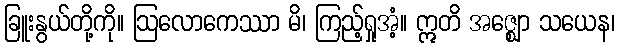
ခြူးနွယ်တို့ကို။ ဩလောကေဿာ မိ၊ ကြည့်ရှုအံ့။ ဣတိ အဇ္ဈော သယေန၊